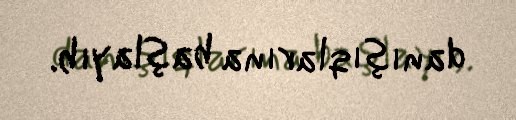
danışıqlarına başlayıb.